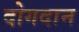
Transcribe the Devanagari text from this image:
दोगदान